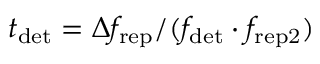
t _ { \mathrm { d e t } } = \Delta f _ { \mathrm { r e p } } / ( f _ { \mathrm { d e t } } \cdot f _ { \mathrm { r e p 2 } } )